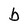
Character: b